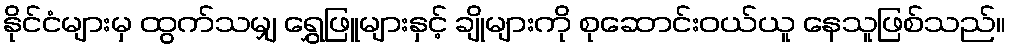
နိုင်ငံများမှ ထွက်သမျှ ရွှေဖြူများနှင့် ချိုများကို စုဆောင်းဝယ်ယူ နေသူဖြစ်သည်။